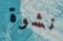
نشوة